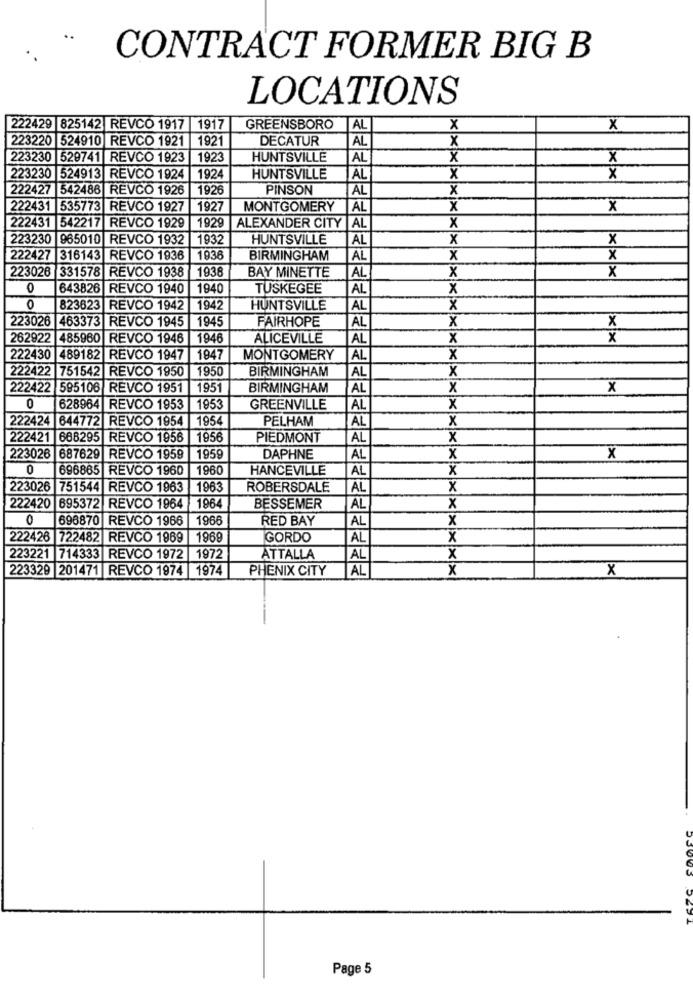
CONTRACT FORMER BIG B
LOCATIONS
222429 825142 REVCO 1917 |1917
GREENSBORO
AL
x
x
223220 524910 REVCO 1921
1921
DECATUR
AL
x
223230 529741 REVCO 1923
1923
HUNTSVILLE
AL
x
x
HUNTSVILLE
223230 524913 REVCO 1924
1924
AL
X
x
222427 542486 REVCO 1926
1926
PINSON
AL
x
222431 535773 REVCO 1927
1927
MONTGOMERY
AL
X
x
x
222431 542217 REVCO 1929
1929
ALEXANDER CITY |AL
223230 965010 REVCO 1932
1932
HUNTSVILLE
AL
x
x
222427 316143 REVCO 1936
1936
BIRMINGHAM
AL
x
x
223026 331578 REVCO 1938
1938
x
X
BAY MINETTE
AL
0
643826
REVCO 1940
1940
TUSKEGEE
AL
x
0
823623 REVCO 1942
1942
HUNTSVILLE
AL
X
223026
463373 REVCO 1945 1945
FAIRHOPE
x
x
AL
262922
485960 REVCO 1946
1946
ALICEVILLE
AL
X
x
222430 489182 REVCO 1947
1947
MONTGOMERY
AL
X
222422 751542 REVCO 1950
1950
BIRMINGHAM
AL
x
222422 595106 REVCO 1951
1951
BIRMINGHAM
AL
x
X
0
628964 REVCO 1953
1953
GREENVILLE
AL
x
222424 644772 REVCO 1954
1954
PELHAM
x
AL
222421 688295 REVCO 1956
1956
PIEDMONT
AL
x
223026 687629 REVCO 1959
1959
DAPHNE
AL
x
X
0
696865 REVCO 1960 1960
HANCEVILLE
AL
x
223026 751544 REVCO 1963
1963
ROBERSDALE
AL
x
222420 695372 REVCO 1964
1964
BESSEMER
AL
x
0
696870 REVCO 1966
1966
RED BAY
AL
x
222426 722482 REVCO 1969
1969
GORDO
AL
x
223221 714333 REVCO 1972
1972
ATTALLA
AL
x
223329 201471 REVCO 1974 1974
PHENIX CITY
AL
X
X
Page 5